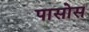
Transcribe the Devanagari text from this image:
पासोस